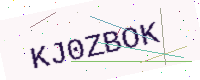
Text: KJ0ZBOK